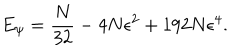
E _ { \psi } = \frac { N } { 3 2 } - 4 N \epsilon ^ { 2 } + 1 9 2 N \epsilon ^ { 4 } .